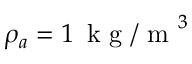
\rho _ { a } = 1 \, \mathrm { ~ k ~ g ~ / ~ m ~ } ^ { 3 }